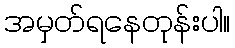
အမှတ်ရနေတုန်းပါ။